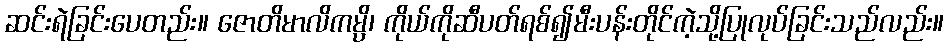
ဆင်းရဲခြင်းပေတည်း။ ဇောတိမာလိကမ္ပိ၊ ကိုယ်ကိုဆီပတ်ရစ်၍မီးပန်းတိုင်ကဲ့သို့ပြုလုပ်ခြင်းသည်လည်း။